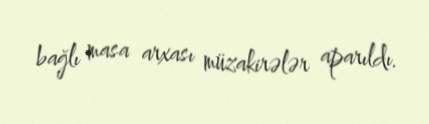
bağlı masa arxası müzakirələr aparıldı.